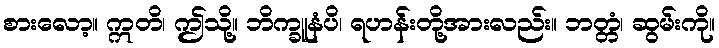
စားလော့။ ဣတိ၊ ဤသို့။ ဘိက္ခူနံပိ၊ ရဟန်းတို့အားလည်း။ ဘတ္တံ၊ ဆွမ်းကို။